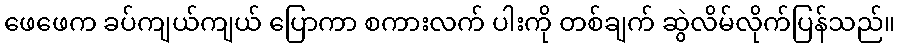
ဖေဖေက ခပ်ကျယ်ကျယ် ပြောကာ စကားလက် ပါးကို တစ်ချက် ဆွဲလိမ်လိုက်ပြန်သည်။